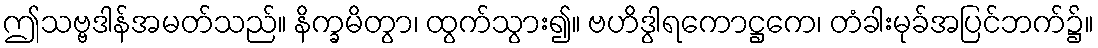
ဤသဗ္ဗဒါန်အမတ်သည်။ နိက္ခမိတွာ၊ ထွက်သွား၍။ ဗဟိဒွါရကောဋ္ဌကေ၊ တံခါးမုခ်အပြင်ဘက်၌။